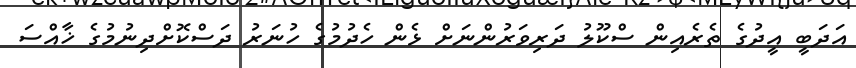
އަދަބީ އީދުގެ ތެރެއިން ސްކޫލު ދަރިވަރުންނަށް ޅެން ހެދުމުގެ ހުނަރު ދަސްކޮށްދިނުމުގެ ޚާއްސަ